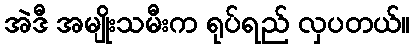
အဲဒီ အမျိုးသမီးက ရုပ်ရည် လှပတယ်။